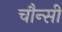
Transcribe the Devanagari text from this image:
चौन्सी